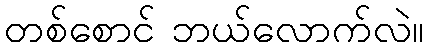
တစ်စောင် ဘယ်လောက်လဲ။